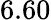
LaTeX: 6.60